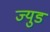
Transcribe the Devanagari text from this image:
ज्युड